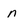
Character: n